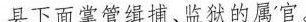
县下面掌管缉捕、监狱的属'官。